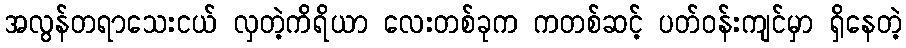
အလွန်တရာသေးငယ် လှတဲ့ကိရိယာ လေးတစ်ခုက ကတစ်ဆင့် ပတ်ဝန်းကျင်မှာ ရှိနေတဲ့